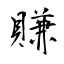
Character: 賺